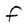
Character: f